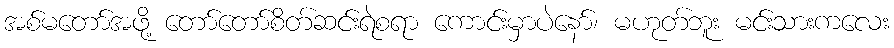
အစ်မတော်အဖို့ တော်တော်စိတ်ဆင်းရဲစရာ ကောင်းမှာပဲနော်၊ မဟုတ်ဘူး မင်းသားကလေး